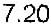
7.20